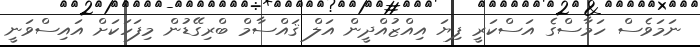
ނަމަވެސް ހަމާސްގެ އަސްކަރީ ފިޔަ އިއްޒުއްދީން އަލް ޤައްސާމް ބްރިގޭޑުން މިފަހަކަށް އައިސްވަނީ